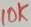
Text: 10K